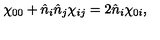
\chi _ { 0 0 } + \hat { n } _ { i } \hat { n } _ { j } \chi _ { i j } = 2 \hat { n } _ { i } \chi _ { 0 i } ,